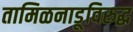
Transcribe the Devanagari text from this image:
तामिळनाडूविरुद्ध